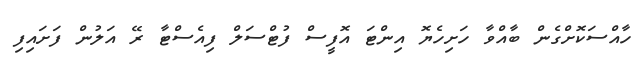
ހާއްސަކޮށްގެން ބާއްވާ ހަށިހެޔޮ އިންޓަ އޮފީސް ފުޓްސަލް ފިއެސްޓާ ރޭ އަލުން ފަށައިފި